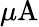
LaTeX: \mu\mathrm{A}